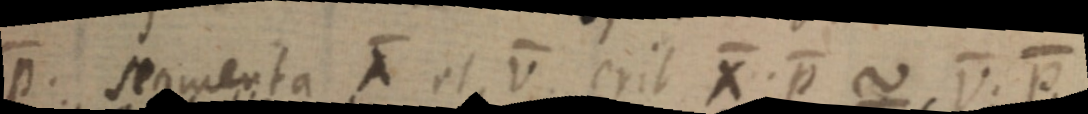
p. segmenta X et V erit X. p ~ V. p